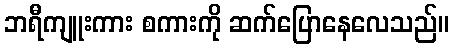
ဘရီကျူးကား စကားကို ဆက်ပြောနေလေသည်။